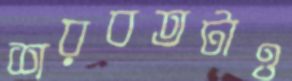
শরবতটাও